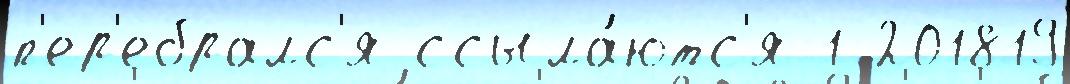
п'ер'ебралс'я ссыла́ютс'я 1 201819